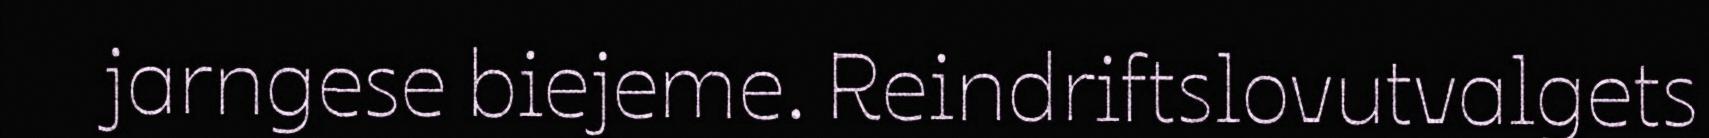
jarngese biejeme. Reindriftslovutvalgets